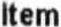
ITEM